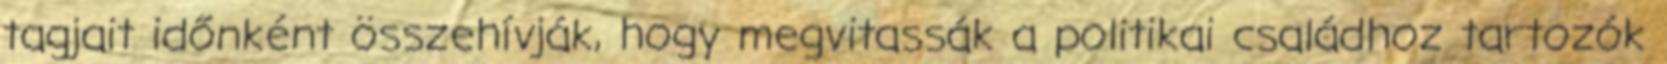
tagjait időnként összehívják, hogy megvitassák a politikai családhoz tartozók